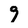
Character: 9